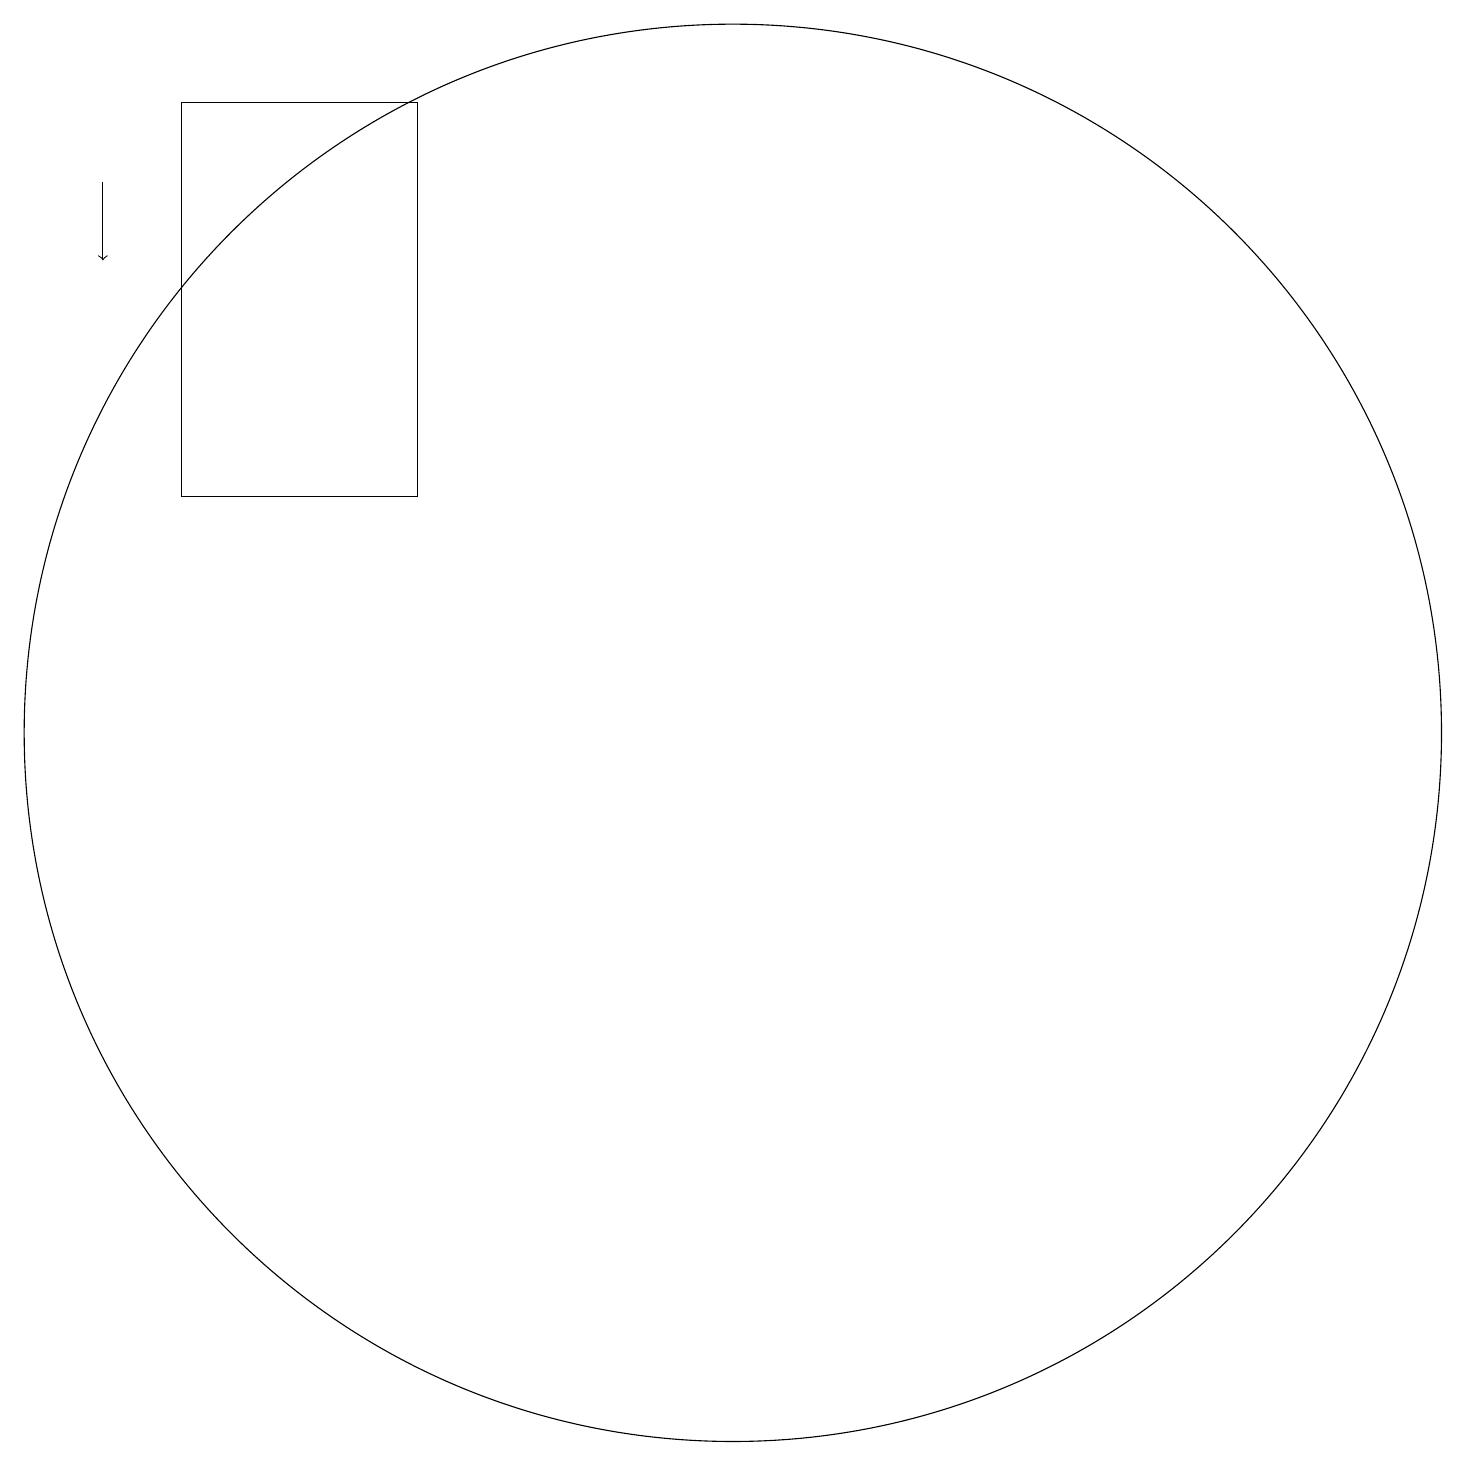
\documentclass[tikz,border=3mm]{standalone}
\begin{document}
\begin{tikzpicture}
\draw[->] (3,17) -- (3,16);
\draw (11,10) circle (9);
\draw (4,13) rectangle (7,18);
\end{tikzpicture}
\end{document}